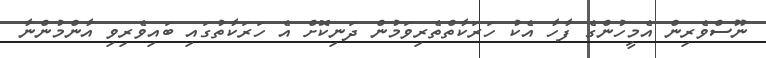
ނޫސްވެރިން އެމީހުންގެ ފާހާ އެކު ހަރަކާތްތެރިވަމުން ދަނިކޮށް އެ ހަރަކާތުގައި ބައިވެރިވި އާންމުންނާ